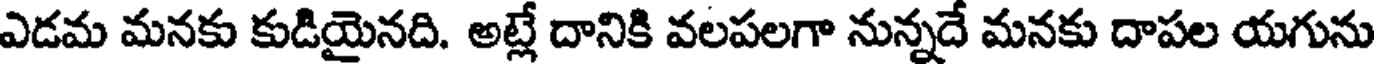
ఎడమ మనకు కుడియైనది. అట్లే దానికి వలపలగా నున్నదే మనకు దాపల యగును